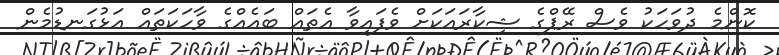
ކޮންމެ ދުވަހަކު ވެސް ރޭޕްގެ ޝިކާރައަކަށް ވެފައިވާ އެތައް ބައެއްގެ ވާހަކަތައް އަޅުގަނޑުމެން